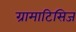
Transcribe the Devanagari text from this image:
ग्रामाटिसिज